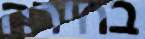
בחירה